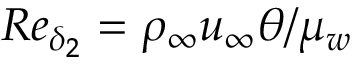
R e _ { \delta _ { 2 } } = \rho _ { \infty } u _ { \infty } \theta / \mu _ { w }